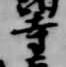
寺